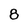
Character: 8